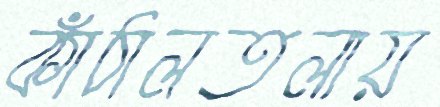
কাঁঠালতলায়